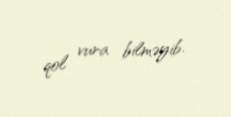
qol vura bilməyib.